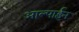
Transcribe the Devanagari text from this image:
आल्पाईन